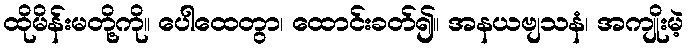
ထိုမိန်းမတို့ကို။ ပေါထေတွာ၊ ထောင်းခတ်၍။ အနယဗျသနံ၊ အကျိုးမဲ့